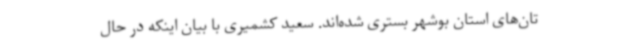
تان‌های استان بوشهر بستری شده‌اند. سعید کشمیری با بیان اینکه در حال